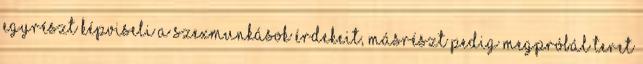
egyrészt képviseli a szexmunkások érdekeit, másrészt pedig megpróbál teret